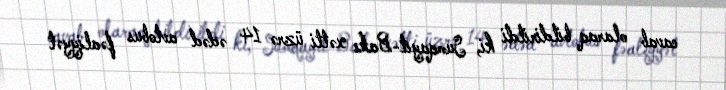
cavab olaraq bildirildi ki, Sumqayıt-Bakı xətti üzrə 14 ədəd avtobus fəaliyyət